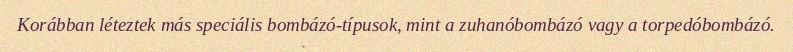
Korábban léteztek más speciális bombázó-típusok, mint a zuhanóbombázó vagy a torpedóbombázó.